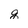
Character: g